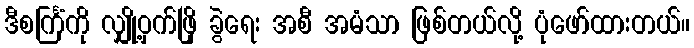
ဒီစင်္ကြံကို လျှို့ဝှက်ဖြို ခွဲရေး အစီ အမံသာ ဖြစ်တယ်လို့ ပုံဖော်ထားတယ်။